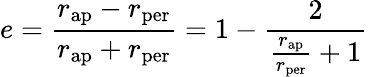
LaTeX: e={\frac{r_{\mathrm{ap}}-r_{\mathrm{per}}}{r_{\mathrm{ap}}+r_{\mathrm{per}}}}=1-{\frac{2}{{\frac{r_{\mathrm{ap}}}{r_{\mathrm{per}}}}+1}}